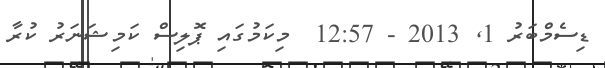
ޑިސެމްބަރު 1